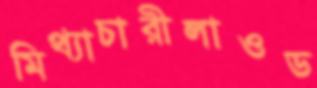
মিথ্যাচারীলাওড